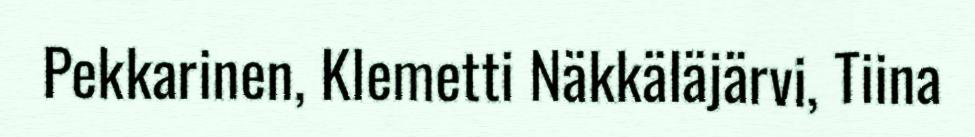
Pekkarinen, Klemetti Näkkäläjärvi, Tiina